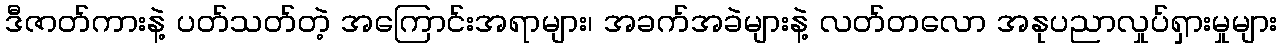
ဒီဇာတ်ကားနဲ့ ပတ်သတ်တဲ့ အကြောင်းအရာများ၊ အခက်အခဲများနဲ့ လတ်တလော အနုပညာလှုပ်ရှားမှုများ